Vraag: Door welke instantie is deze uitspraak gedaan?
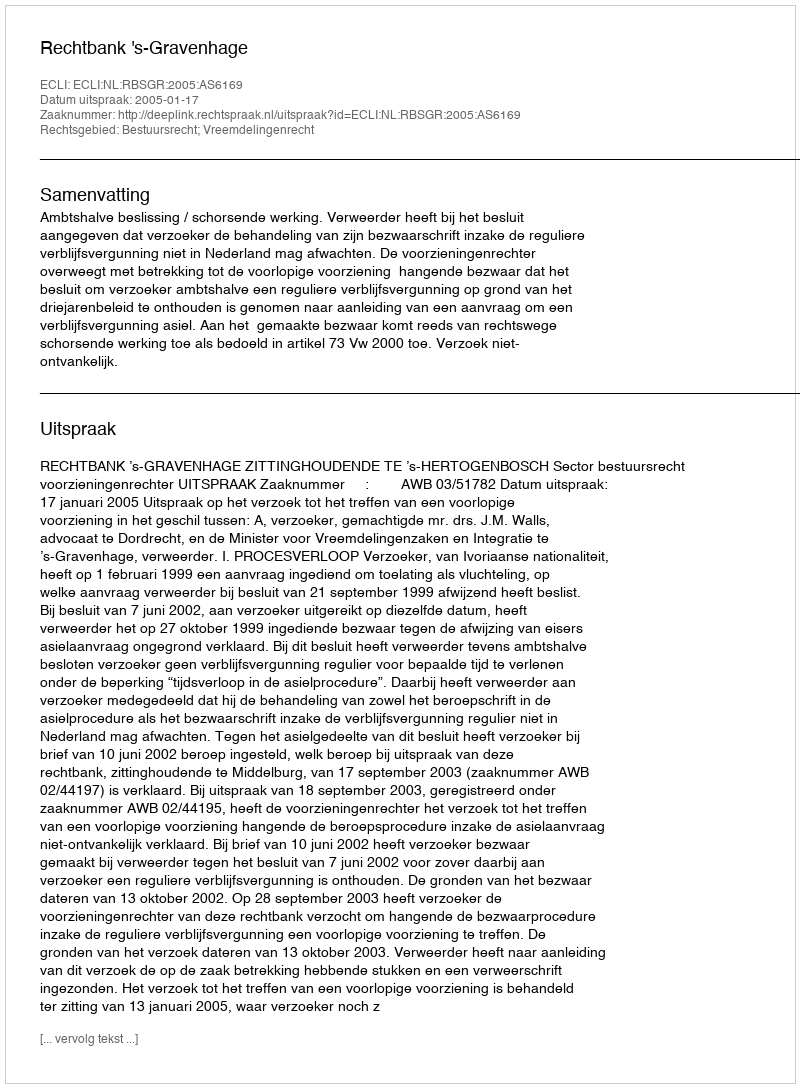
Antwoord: Rechtbank 's-Gravenhage